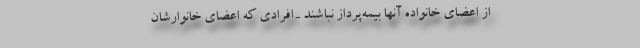
از اعضای خانواده آنها بیمه‌پرداز نباشند ـ افرادی که اعضای خانوارشان